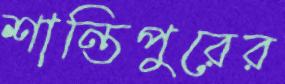
শান্তিপুরের